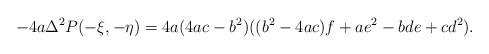
LaTeX: \begin{align*} -4a \Delta^{2} P(-\xi,-\eta) = 4a(4ac-b^{2})((b^{2}-4ac)f + ae^{2} - bde + cd^{2}).\end{align*}